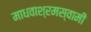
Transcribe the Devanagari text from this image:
माधवाश्रमस्वामी